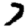
Digit: 7